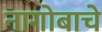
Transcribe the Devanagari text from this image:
नागोबाचे